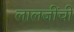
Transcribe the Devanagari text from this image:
लालजींची